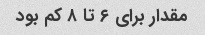
مقدار برای ۶ تا ۸ کم بود